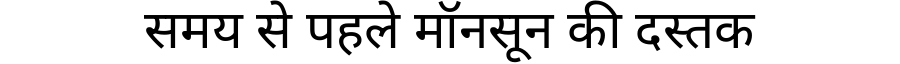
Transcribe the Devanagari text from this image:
समय से पहले मॉनसून की दस्तक